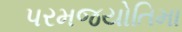
પરમજયોતિમા